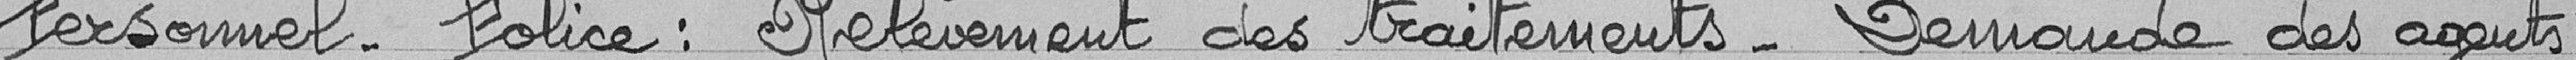
Personnel - police : Relèvement des traitements - Demande des agents